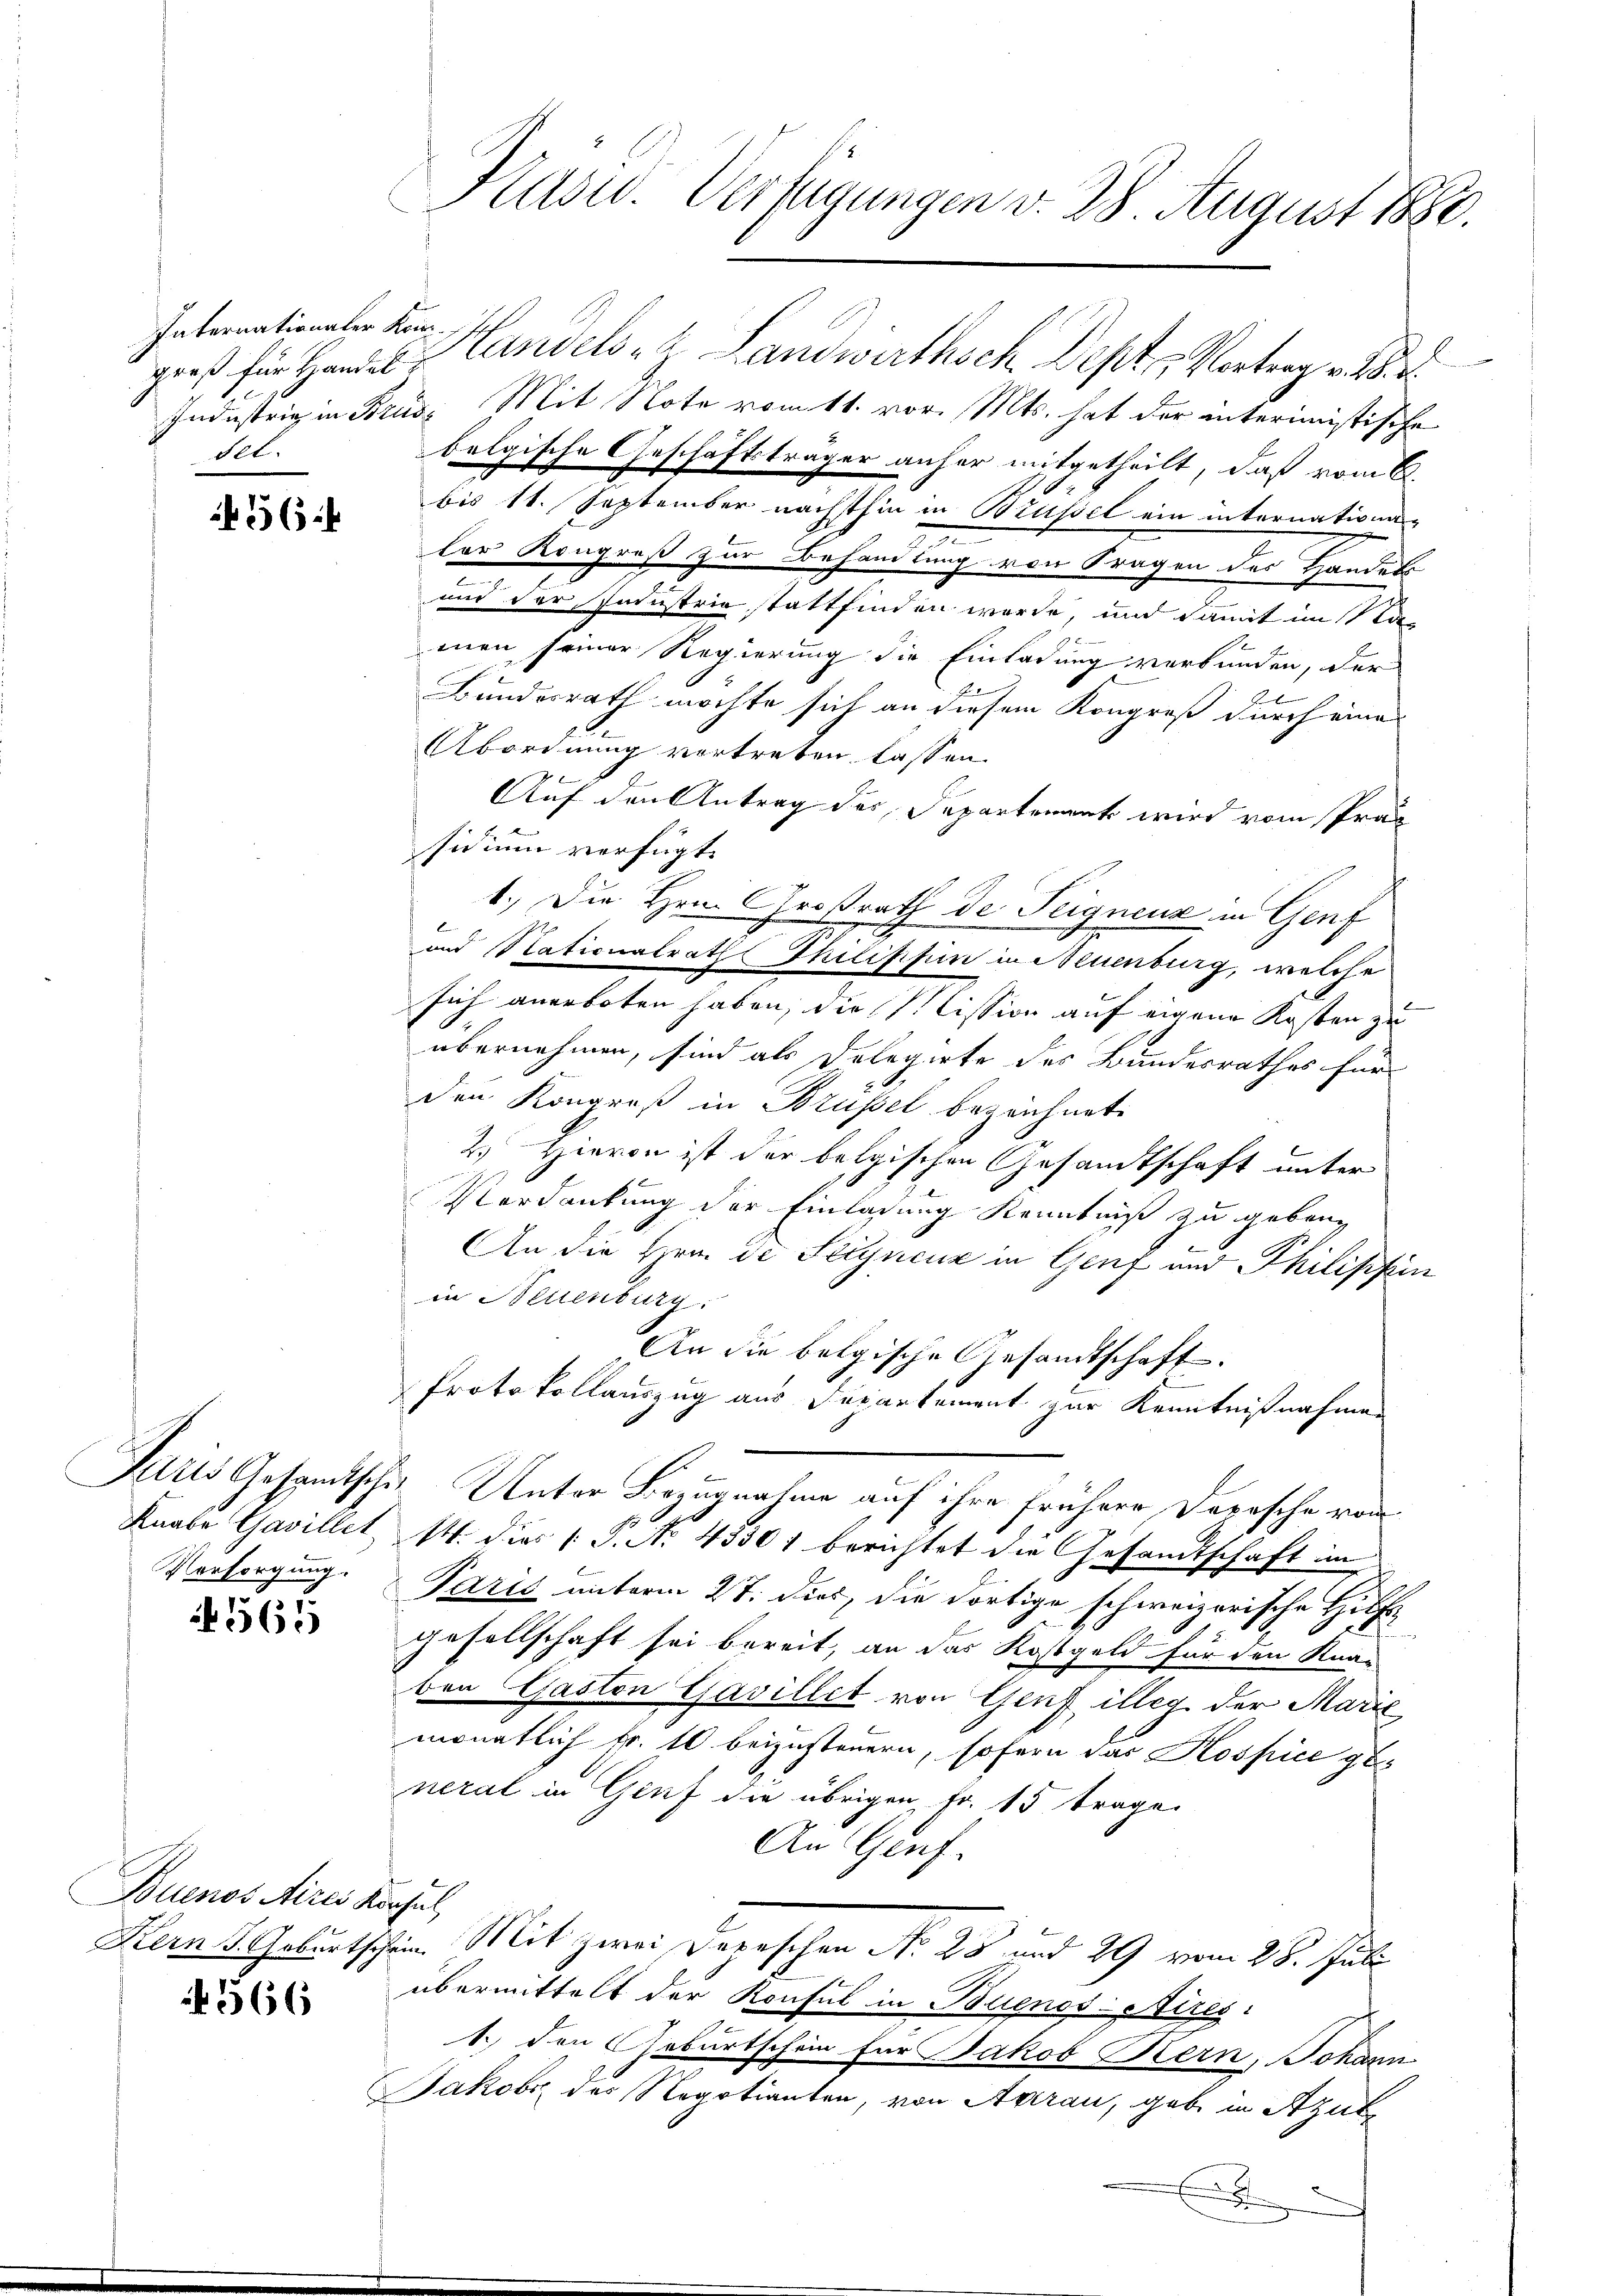
Internationaler Komsel.

36

Versorgung.

561

Buenos Aires Konsul

566

Präsid. Verfügungen v. 28 August 1880.

groß für Handel. Handels- & Landwirthsch Dept, Vortrag v. M.
Industrig in Brus, Mit Note vom 11. vor. Mts. hat der interimistische
bolgische Geschäftsträger anher mitgetheilt, daß vom 6.
bis 11. September nächsthin in Brüssel ein internationa-
der Kongreß zur Behandlung von Fragen des Handers
und der Industrie stattfinden wurde, und damit im a
men seiner Regierung die Einladung verbunden, der
n
Bundesrath möchte sich an diesem Kongreß durch eines
Abordnung vertreten lassen.
Auf den Antrag der Departement wird vom Präs
sidium verfügt:
1.) Die Hrn. Großrath de Teignenz in Genf
und Stationalrath Thilipfun in Neuenburg, welche
sich anerboten haben, die Cission auf eigene Kosten zu
übernehmen, sind als Dolegirte des Bundesrathes für
den Kongroß in Brüssel bezeichnet.
2.) Hievon ist der belgischen Gesandtschaft unter
Verdankung der Einladung Kenntniß zu gebeng
An die Hrn. De Seinenz in Genf und Philippin
in Neuenburg.
An die belgische Gesandtschaft.
Protokollauszug aus Departement zur Kenntnißnahmen
Juris Gesamtsche Unter Bezugnahme auf ihre frühere Depesche von
Knabe Gavillet, M. dies P. No 43301 berichtet die Gesandtschaft im
Paris unterm 27. dies, die dortige schweizerische Hilf
23
gesellschaft sei bereit, an das Kostgeld für den Kna-
ben Gaston Gavillet von Genf illeg der Marie
monatlich Fr. 10 beizusteuern, sofern das Kospice ge-
neral in Genf die übrigen Fr. 15 trage
Au Genf.
Hern. Geburtschein. Mit zwei Depeschen No 25 und 29 vom 28. Juli
übermittelt der Konsul in Buenos Aires
1.) Den Geburtschein für Jakob Kern, Johann
Jakob des Regotianten, von Aarau, gabe in Azutz
.